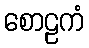
စောဠကံ